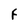
Character: F